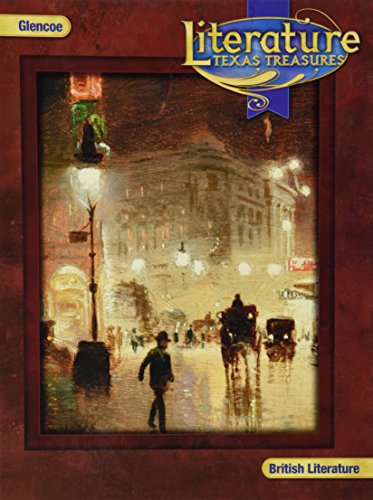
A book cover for Literature Texas Treasures: British Literature; Teen & Young Adult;